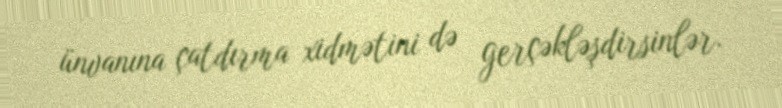
ünvanına çatdırma xidmətini də gerçəkləşdirsinlər.